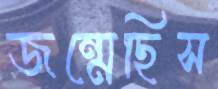
জন্মেছিস